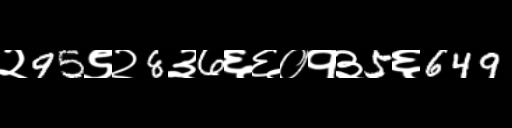
Text: २95९२8३6६६०१३5६649